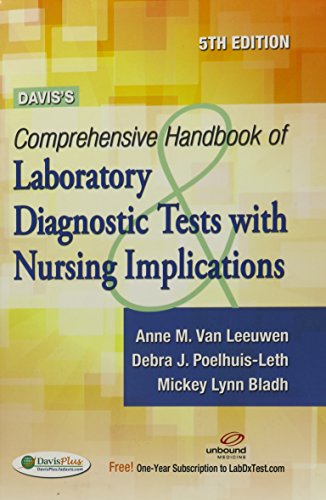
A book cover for Davis's Comprehensive Handbook of Laboratory and Diagnostic Tests With Nursing Implications (Davis's Comprehensive Handbook of Laboratory & Diagnostic Tests W/ Nursing Implications); Anne M. Van Leeuwen MA  BS  MT (ASCP); Medical Books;